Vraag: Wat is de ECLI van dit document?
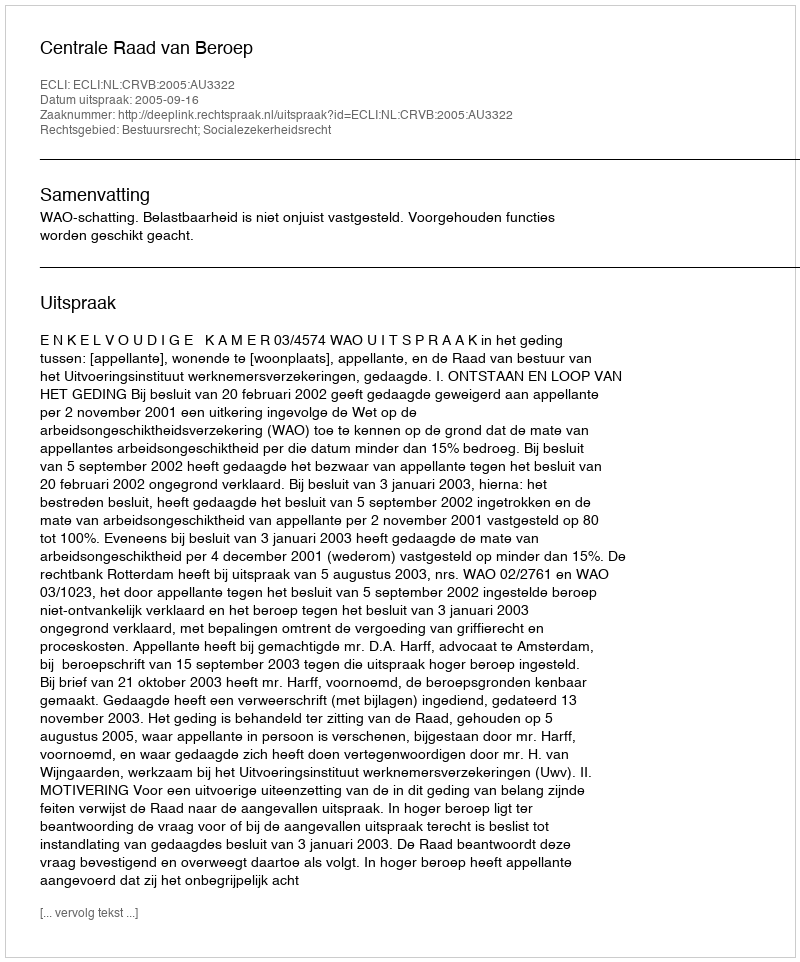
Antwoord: ECLI:NL:CRVB:2005:AU3322